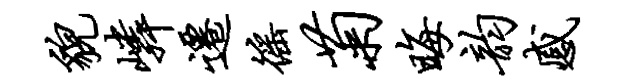
貌嶙迁徭菊晦韵感